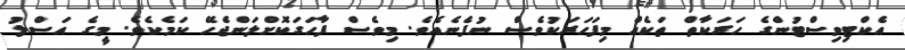
އެކްޓިވިސްޓުންގެ ހަރަކާތް ތަކެއް މިފަހަރަކުވެސް ނުފެނެއެެވެ. މިވެސް ފާހަަގަކޮށްލަންޖެހޭ ކަމެކެެވެ. މީގެ އަސްލު